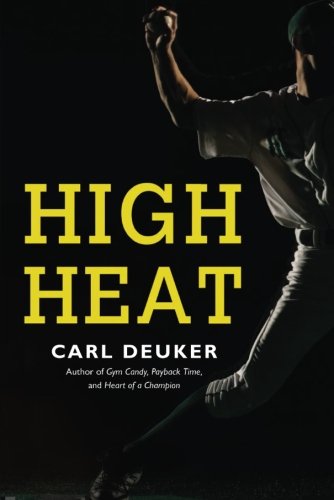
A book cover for High Heat; Carl Deuker; Teen & Young Adult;